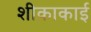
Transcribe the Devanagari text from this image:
शीकाकाई